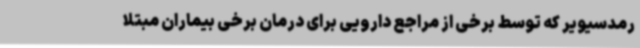
رمدسیویر که توسط برخی از مراجع دارویی برای درمان برخی بیماران مبتلا